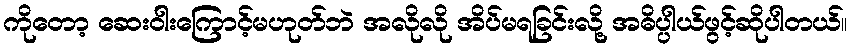
ကိုတော့ ဆေးဝါးကြောင့်မဟုတ်ဘဲ အလိုလို အိပ်မရခြင်းလို့ အဓိပ္ပါယ်ဖွင့်ဆိုပါတယ်။